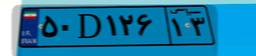
۵۹D۳۴۸۷۱